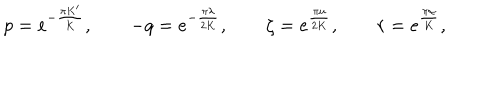
p = e ^ { - \frac { \pi K ^ { \prime } } { K } } , \qquad - q = e ^ { - \frac { \pi \lambda } { 2 K } } , \qquad \zeta = e ^ { \frac { \pi u } { 2 K } } , \qquad r = e ^ { \frac { \pi \alpha } { K } } ,